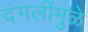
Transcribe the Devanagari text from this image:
दंगलींमुळे